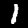
Digit: 1